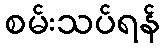
စမ်းသပ်ရန်